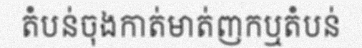
តំបន់ចុងកាត់មាត់ញកឬតំបន់